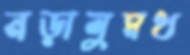
নড়ালুমধ